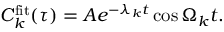
C _ { k } ^ { \mathrm { f i t } } ( \tau ) = A e ^ { - \lambda _ { k } t } \cos { \Omega _ { k } t } .